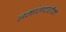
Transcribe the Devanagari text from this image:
इमानदारीने